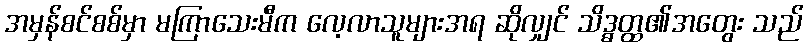
အမှန်စင်စစ်မှာ မကြာသေးမီက လေ့လာသူများအရ ဆိုလျှင် သိဒ္ဓတ္ထ၏အတွေး သည်